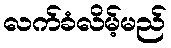
လက်ခံလိမ့်မည်